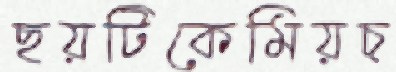
ছয়টিকেমিয়চ্